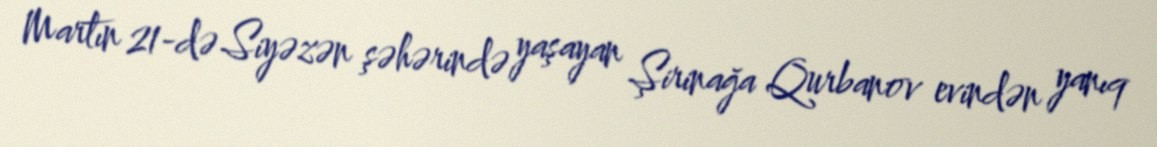
Martın 21-də Siyəzən şəhərində yaşayan Şirinağa Qurbanov evindən yanıq